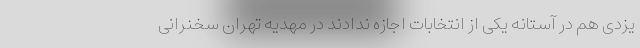
یزدی هم در آستانه یکی از انتخابات اجازه ندادند در مهدیه تهران سخنرانی